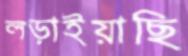
লড়াইয়াছি